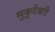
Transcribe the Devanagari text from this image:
मुकुटेश्वरी